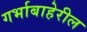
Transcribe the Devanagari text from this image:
गर्भाबाहेरील